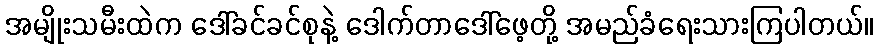
အမျိုးသမီးထဲက ဒေါ်ခင်ခင်စုနဲ့ ဒေါက်တာဒေါ်ဖေ့တို့ အမည်ခံရေးသားကြပါတယ်။